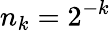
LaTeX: n_{k}=2^{-k}